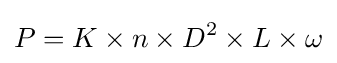
P={K\times n\times D^{2}\times L\times \omega }